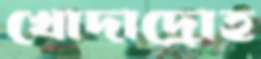
খোদাদ্রোহ